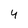
Character: 4